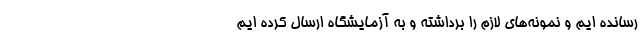
رسانده ایم و نمونه‌های لازم را برداشته و به آزمایشگاه ارسال کرده ایم